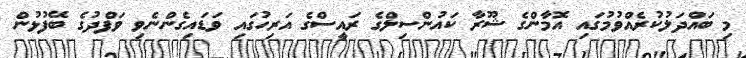
މި ބައްދަލުކުރެއްވުމުގައި އޮމާންގެ ޝޫރާ ކައުންސިލްގެ ރައީސްގެ އަރިހުގައި ވަޑައިގެންނެވި ވަފްދުގެ ބޭފުޅުން